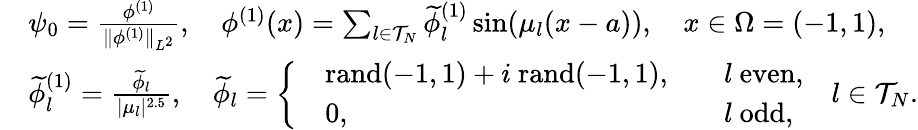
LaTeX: \begin{array}{rl}&{\psi_{0}=\frac{\phi^{(1)}}{\| \phi^{(1)}\| _{L^{2}}},\quad\phi^{(1)}(x)=\sum_{l\in\mathcal{T}_{N}}\widetilde\phi_{l}^{(1)}\sin(\mu_{l}(x-a)),\quad x\in\Omega=(-1,1),}\\ &{\widetilde\phi_{l}^{(1)}=\frac{\widetilde\phi_{l}}{|\mu_{l}|^{2.5}},\quad\widetilde\phi_{l}=\left\{ \begin{array}{rlrl}&{\mathrm{rand}(-1,1)+i\ \mathrm{rand}(-1,1),}&&{l\mathrm{~even},}\\ &{0,}&&{l\mathrm{~odd},}\end{array}\right.\quad l\in\mathcal{T}_{N}.}\end{array}